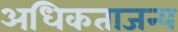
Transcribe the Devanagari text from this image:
अधिकताजन्य